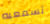
تسمعيه